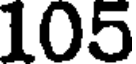
105